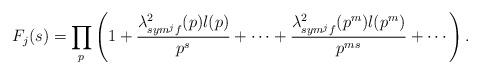
LaTeX: \begin{align*}F_{j}(s)=\prod_{p}^{} \left(1+\frac{\lambda^{2}_{sym^{j}f}(p)l(p)}{p^{s}}+\cdots+\frac{\lambda^{2}_{sym^{j}f}(p^{m})l(p^{m})}{p^{ms}}+\cdots\right).\end{align*}